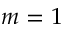
m = 1